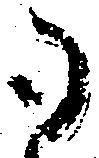
御